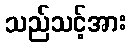
သည်သင့်အား